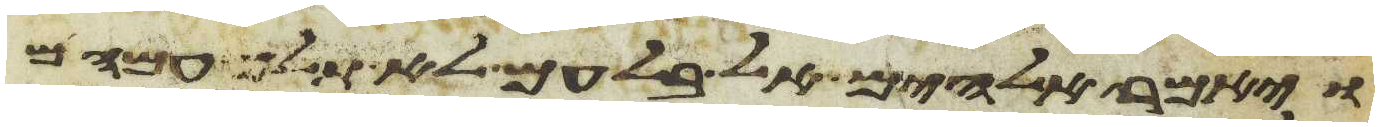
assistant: ויאמר אלהים אל בלעם לא תלך עמהם